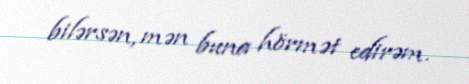
bilərsən, mən buna hörmət edirəm.